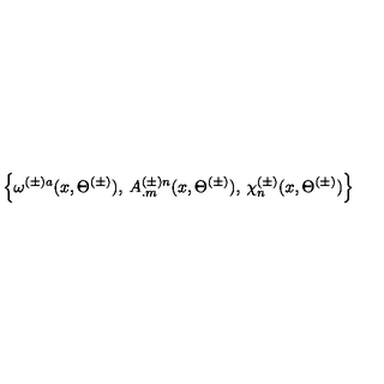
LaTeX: \left\{ \omega ^ { ( \pm ) a } ( x , \Theta ^ { ( \pm ) } ) , \: A _ { . m } ^ { ( \pm ) n } ( x , \Theta ^ { ( \pm ) } ) , \: \chi _ { n } ^ { ( \pm ) } ( x , \Theta ^ { ( \pm ) } ) \right\}